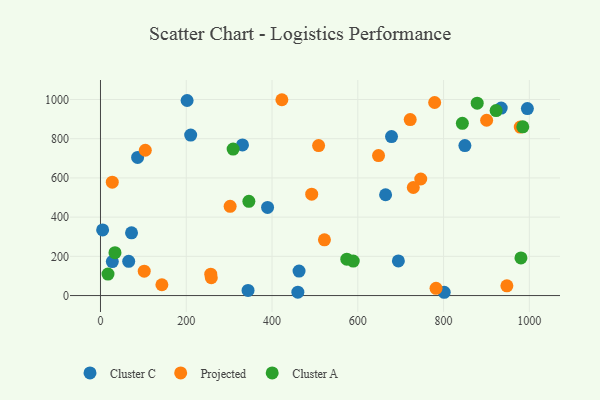
{"axis": {"x": "Experience", "y": "Sales"}, "legend": ["Cluster A", "Cluster C", "Projected"], "data": [{"x": "849.7", "y": 765.0, "type": "Cluster C"}, {"x": "72.4", "y": 320.2, "type": "Cluster C"}, {"x": "389.6", "y": 449.8, "type": "Cluster C"}, {"x": "934.4", "y": 956.2, "type": "Cluster C"}, {"x": "344.1", "y": 26.2, "type": "Cluster C"}, {"x": "5.0", "y": 334.9, "type": "Cluster C"}, {"x": "65.8", "y": 174.6, "type": "Cluster C"}, {"x": "694.6", "y": 176.4, "type": "Cluster C"}, {"x": "210.3", "y": 818.8, "type": "Cluster C"}, {"x": "202.0", "y": 995.0, "type": "Cluster C"}, {"x": "86.6", "y": 704.7, "type": "Cluster C"}, {"x": "463.0", "y": 125.1, "type": "Cluster C"}, {"x": "995.4", "y": 953.7, "type": "Cluster C"}, {"x": "27.6", "y": 173.4, "type": "Cluster C"}, {"x": "664.8", "y": 514.3, "type": "Cluster C"}, {"x": "678.6", "y": 810.9, "type": "Cluster C"}, {"x": "460.2", "y": 17.2, "type": "Cluster C"}, {"x": "801.5", "y": 16.7, "type": "Cluster C"}, {"x": "331.1", "y": 768.2, "type": "Cluster C"}, {"x": "947.6", "y": 49.5, "type": "Projected"}, {"x": "978.8", "y": 859.6, "type": "Projected"}, {"x": "779.2", "y": 984.8, "type": "Projected"}, {"x": "104.5", "y": 741.2, "type": "Projected"}, {"x": "27.5", "y": 578.2, "type": "Projected"}, {"x": "257.1", "y": 108.9, "type": "Projected"}, {"x": "102.0", "y": 124.2, "type": "Projected"}, {"x": "900.4", "y": 894.4, "type": "Projected"}, {"x": "302.3", "y": 455.0, "type": "Projected"}, {"x": "722.2", "y": 897.6, "type": "Projected"}, {"x": "143.2", "y": 55.2, "type": "Projected"}, {"x": "782.4", "y": 36.8, "type": "Projected"}, {"x": "648.3", "y": 714.0, "type": "Projected"}, {"x": "746.8", "y": 594.5, "type": "Projected"}, {"x": "508.6", "y": 764.9, "type": "Projected"}, {"x": "729.4", "y": 551.1, "type": "Projected"}, {"x": "522.2", "y": 284.3, "type": "Projected"}, {"x": "258.4", "y": 91.4, "type": "Projected"}, {"x": "492.5", "y": 517.1, "type": "Projected"}, {"x": "423.0", "y": 999.0, "type": "Projected"}, {"x": "922.5", "y": 943.7, "type": "Cluster A"}, {"x": "878.4", "y": 981.4, "type": "Cluster A"}, {"x": "33.8", "y": 218.9, "type": "Cluster A"}, {"x": "984.7", "y": 861.0, "type": "Cluster A"}, {"x": "980.4", "y": 191.7, "type": "Cluster A"}, {"x": "17.5", "y": 109.4, "type": "Cluster A"}, {"x": "574.4", "y": 185.6, "type": "Cluster A"}, {"x": "346.0", "y": 480.8, "type": "Cluster A"}, {"x": "843.8", "y": 878.8, "type": "Cluster A"}, {"x": "309.3", "y": 747.1, "type": "Cluster A"}, {"x": "589.4", "y": 176.1, "type": "Cluster A"}]}